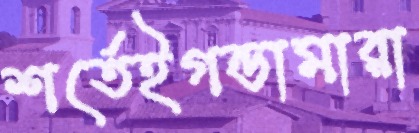
শর্তেইগন্ডামারা